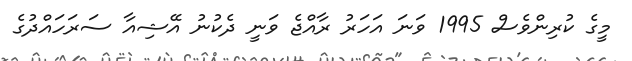
މީގެ ކުރިންވެސް 1995 ވަނަ އަހަރު ރާއްޖެ ވަނީ ދެކުނު އޭޝިއާ ސަރަހައްދުގެ